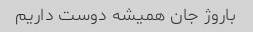
باروژ جان همیشه دوست داریم